Indian journal of veterinary science and animal husbandry - Volume 14,
Year: 1944
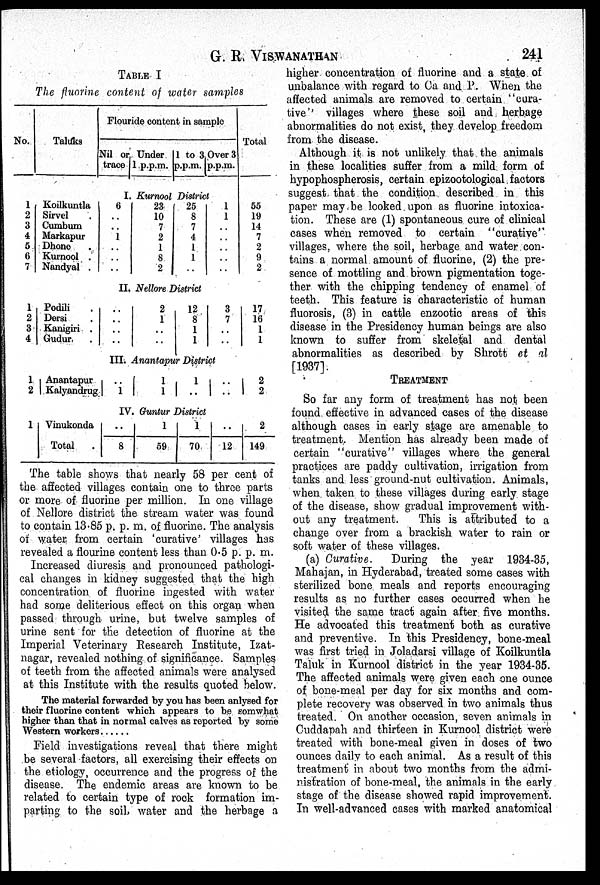
G. R. VISWANATHAN
241
TABLE I
The fluorine content of water samples
No.
1
2
3
4
5
6
7
1
2
3
4
1
2
1
Taluks
Koilkuntla
Sirvel .
Cumbum
Markapur
Dhone .
Kurnool .
Nandyal .
Podili .
Dersi .
Kanigiri .
Gudur .
Anantapur
Kalyandrug
Vinukonda
Total .
Flouride content in sample
Nil or
trace
Under
1 p.p.m.
1 to 3
p.p.m.
Over 3
p.p.m.
I. Kurnool District
6
. .
. .
1
. .
. .
. .
23
10
7
2
1
8
2
25
8
7
4
1
1
. .
1
1
. .
. .
. .
. .
. .
II. Nellore District
. .
. .
. .
. .
2
1
. .
. .
12
8
1
1
3
7
. .
. .
III. Anantapur District
. .
1
1
1
1
. .
. .
. .
IV Guntur District
. .
8
1
59
1
70
. .
12
Total
55
19
14
7
2
9
2
17
16
1
1
2 2
2
149
The table shows that nearly 58 per cent of
the affected villages contain one to three parts
or more of fluorine per million. In one village
of Nellore district the stream water was found
to contain 13.85 p. p. m. of fluorine. The analysis
of water from certain 'curative' villages has
revealed a flourine content less than 0.5 p. p. m.
Increased diuresis and pronounced pathologi-
cal changes in kidney suggested that the high
concentration of fluorine ingested with water
had some deliterious effect on this organ when
passed through urine, but twelve samples of
urine sent for the detection of fluorine at the
Imperial Veterinary Research Institute, Izat-
nagar, revealed nothing of significance. Samples
of teeth from the affected animals were analysed
at this Institute with the results quoted below.
The material forwarded by you has been anlysed for
their fluorine content which appears to be somwhat
higher than that in normal calves as reported by some
Western workers
Field investigations reveal that there might
be several factors, all exercising their effects on
the etiology, occurrence and the progress of the
disease. The endemic areas are known to be
related to certain type of rock formation im-
parting to the soil, water and the herbage a
higher concentration of fluorine and a state of
unbalance with regard to Ca and P. When the
affected animals are removed to certain "cura-
tive'' villages where these soil and herbage
abnormalities do not exist, they develop freedom
from the disease.
Although it is not unlikely that the animals
in these localities suffer from a mild form of
hypophospherosis, certain epizootological factors
suggest that the condition described in this
paper may be looked upon as fluorine intoxica-
tion. These are (1) spontaneous cure of clinical
cases when removed to certain "curative"
villages, where the soil, herbage and water con-
tains a normal amount of fluorine, (2) the pre-
sence of mottling and brown pigmentation toge-
ther with the chipping tendency of enamel of
teeth. This feature is characteristic of human
fluorosis, (3) in cattle enzootic areas of this
disease in the Presidency human beings are also
known to suffer from skeletal and dental
abnormalities as described by Shrott et al
[1937].
TREATMENT
So far any form of treatment has not been
found effective in advanced cases of the disease
although cases in early stage are amenable to
treatment. Mention has already been made of
certain "curative" villages where the general
practices are paddy cultivation, irrigation from
tanks and less ground-nut cultivation. Animals,
when taken to these villages during early stage
of the disease, show gradual improvement with-
out any treatment.
This is attributed to a
change over from a brackish water to rain or
soft water of these villages.
(a) Curative. During the year 1934-35,
Mahajan, in Hyderabad, treated some cases with
sterilized bone meals and reports encouraging
results as no further cases occurred when he
visited the same tract again after five months.
He advocated this treatment both as curative
and preventive. In this Presidency, bone-meal
was first tried in Joladarsi village of Koilkuntla
Taluk in Kurnool district in the year 1934-35.
The affected animals were given each one ounce
of bone-meal per day for six months and com-
plete recovery was observed in two animals thus
treated. On another occasion, seven animals in
Cuddapah and thirteen in Kurnool district were
treated with bone-meal given in doses of two
ounces daily to each animal. As a result of this
treatment in about two months from the admi-
nistration of bone-meal, the animals in the early
stage of the disease showed rapid improvement.
In well-advanced cases with marked anatomical